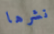
نشرها